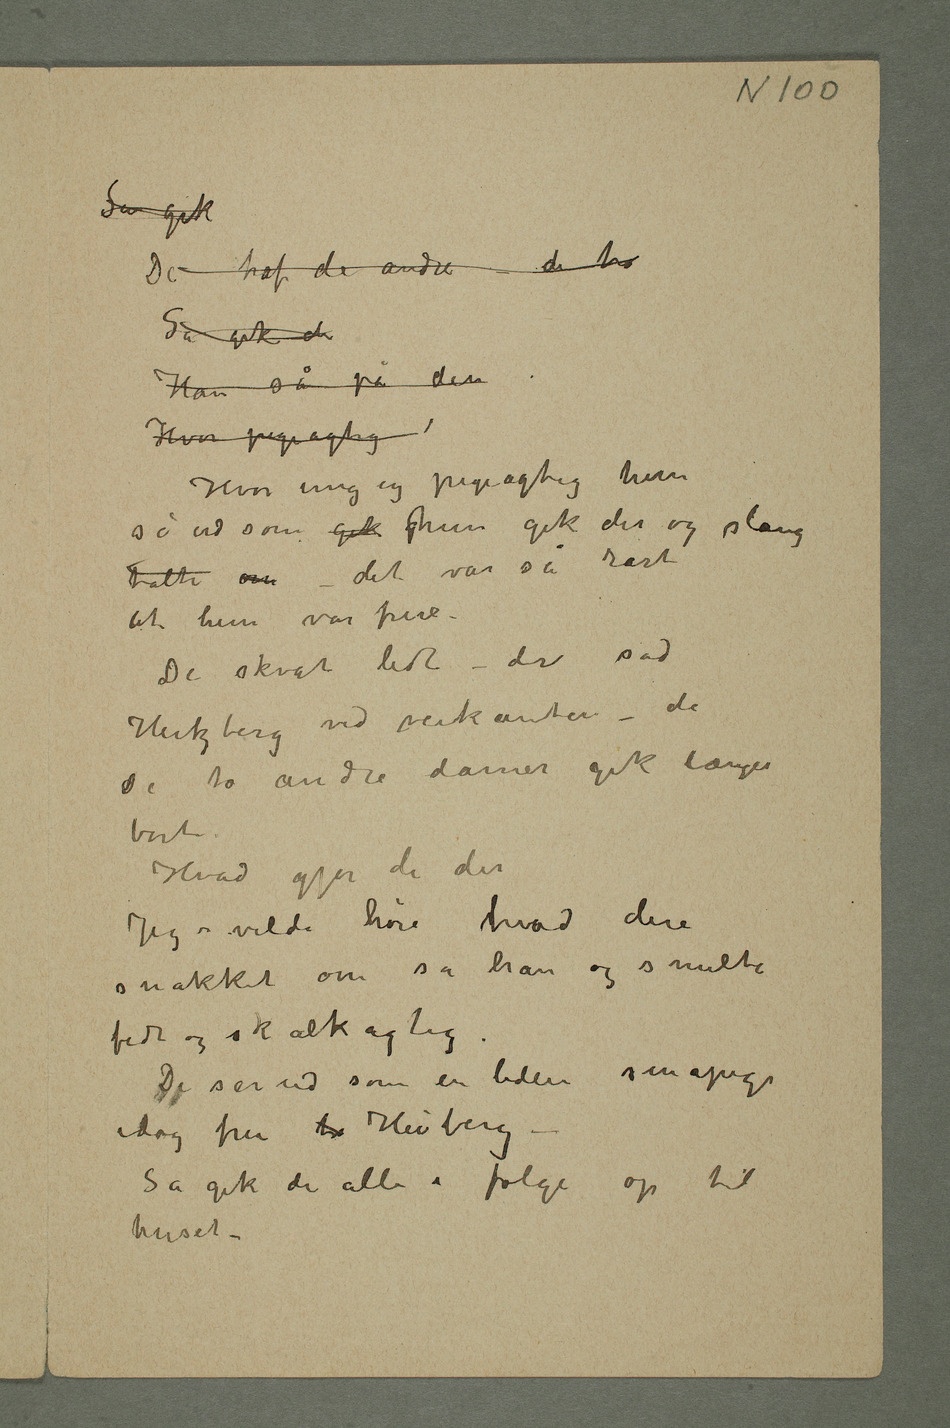
Så gik
De traf de andre – de ha
Så gik de
Han så på den
Hvor pigeagtig
Hvor ung og pigeagtig hun
så ud som gik hun gik der og slang
talte om – det var så rart
at hun var frue –
De skvadt lidt – der sad
Hertzberg ved veikanten – de
dDe to andre damer gik længre
borte.
Hvad gjør de der
Jeg vilde høre hvad dere
snakket om sa han og smilte
fedt og skalkagtig.
De ser ud som en liden småpige
idag fru he Heiberg –
Så gik de atter i følge op til
huset –